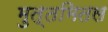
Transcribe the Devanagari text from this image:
मुत्तमितल